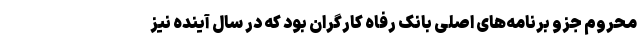
محروم جزو برنامه‌های اصلی بانک رفاه کارگران بود که در سال آینده نیز